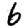
Digit: 6